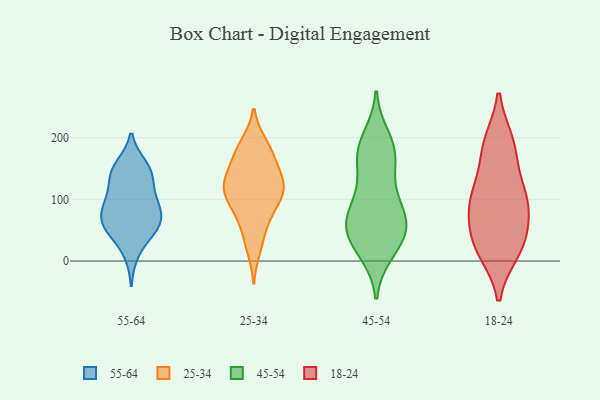
{"axis": {"x": "Gross Profit (USD K)", "y": "Value"}, "legend": ["18-24", "25-34", "45-54", "55-64"], "data": [{"x": "", "y": 11, "type": "55-64"}, {"x": "", "y": 79, "type": "55-64"}, {"x": "", "y": 107, "type": "55-64"}, {"x": "", "y": 86, "type": "55-64"}, {"x": "", "y": 61, "type": "55-64"}, {"x": "", "y": 100, "type": "55-64"}, {"x": "", "y": 48, "type": "55-64"}, {"x": "", "y": 45, "type": "55-64"}, {"x": "", "y": 155, "type": "55-64"}, {"x": "", "y": 140, "type": "55-64"}, {"x": "", "y": 54, "type": "55-64"}, {"x": "", "y": 141, "type": "55-64"}, {"x": "", "y": 71, "type": "55-64"}, {"x": "", "y": 136, "type": "55-64"}, {"x": "", "y": 62, "type": "55-64"}, {"x": "", "y": 96, "type": "55-64"}, {"x": "", "y": 154, "type": "55-64"}, {"x": "", "y": 123, "type": "25-34"}, {"x": "", "y": 182, "type": "25-34"}, {"x": "", "y": 118, "type": "25-34"}, {"x": "", "y": 170, "type": "25-34"}, {"x": "", "y": 61, "type": "25-34"}, {"x": "", "y": 187, "type": "25-34"}, {"x": "", "y": 70, "type": "25-34"}, {"x": "", "y": 20, "type": "25-34"}, {"x": "", "y": 129, "type": "25-34"}, {"x": "", "y": 114, "type": "25-34"}, {"x": "", "y": 32, "type": "25-34"}, {"x": "", "y": 151, "type": "25-34"}, {"x": "", "y": 190, "type": "25-34"}, {"x": "", "y": 102, "type": "25-34"}, {"x": "", "y": 86, "type": "25-34"}, {"x": "", "y": 159, "type": "25-34"}, {"x": "", "y": 117, "type": "25-34"}, {"x": "", "y": 121, "type": "25-34"}, {"x": "", "y": 133, "type": "25-34"}, {"x": "", "y": 91, "type": "25-34"}, {"x": "", "y": 37, "type": "45-54"}, {"x": "", "y": 200, "type": "45-54"}, {"x": "", "y": 48, "type": "45-54"}, {"x": "", "y": 49, "type": "45-54"}, {"x": "", "y": 19, "type": "45-54"}, {"x": "", "y": 128, "type": "45-54"}, {"x": "", "y": 178, "type": "45-54"}, {"x": "", "y": 178, "type": "45-54"}, {"x": "", "y": 62, "type": "45-54"}, {"x": "", "y": 71, "type": "45-54"}, {"x": "", "y": 84, "type": "45-54"}, {"x": "", "y": 51, "type": "45-54"}, {"x": "", "y": 173, "type": "45-54"}, {"x": "", "y": 171, "type": "45-54"}, {"x": "", "y": 14, "type": "45-54"}, {"x": "", "y": 111, "type": "45-54"}, {"x": "", "y": 80, "type": "45-54"}, {"x": "", "y": 122, "type": "18-24"}, {"x": "", "y": 111, "type": "18-24"}, {"x": "", "y": 64, "type": "18-24"}, {"x": "", "y": 33, "type": "18-24"}, {"x": "", "y": 178, "type": "18-24"}, {"x": "", "y": 192, "type": "18-24"}, {"x": "", "y": 189, "type": "18-24"}, {"x": "", "y": 16, "type": "18-24"}, {"x": "", "y": 19, "type": "18-24"}, {"x": "", "y": 28, "type": "18-24"}, {"x": "", "y": 98, "type": "18-24"}, {"x": "", "y": 91, "type": "18-24"}, {"x": "", "y": 85, "type": "18-24"}]}